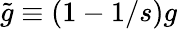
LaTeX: \tilde{g}\equiv(1-1/s)g